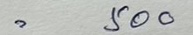
= 500